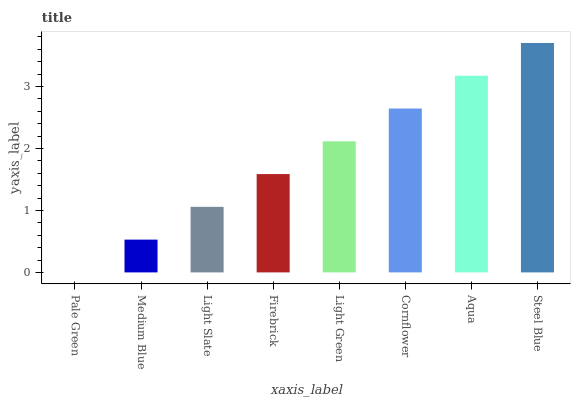
| xaxis_label | bars |
 | --- | --- |
 | Pale Green | 0 |
 | Medium Blue | 0.529 |
 | Light Slate | 1.06 |
 | Firebrick | 1.59 |
 | Light Green | 2.11 |
 | Cornflower | 2.64 |
 | Aqua | 3.17 |
 | Steel Blue | 3.7 |